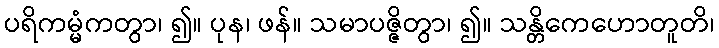
ပရိကမ္မံကတွာ၊ ၍။ ပုန၊ ဖန်။ သမာပဇ္ဇိတွာ၊ ၍။ သန္တိကေဟောတူတိ၊